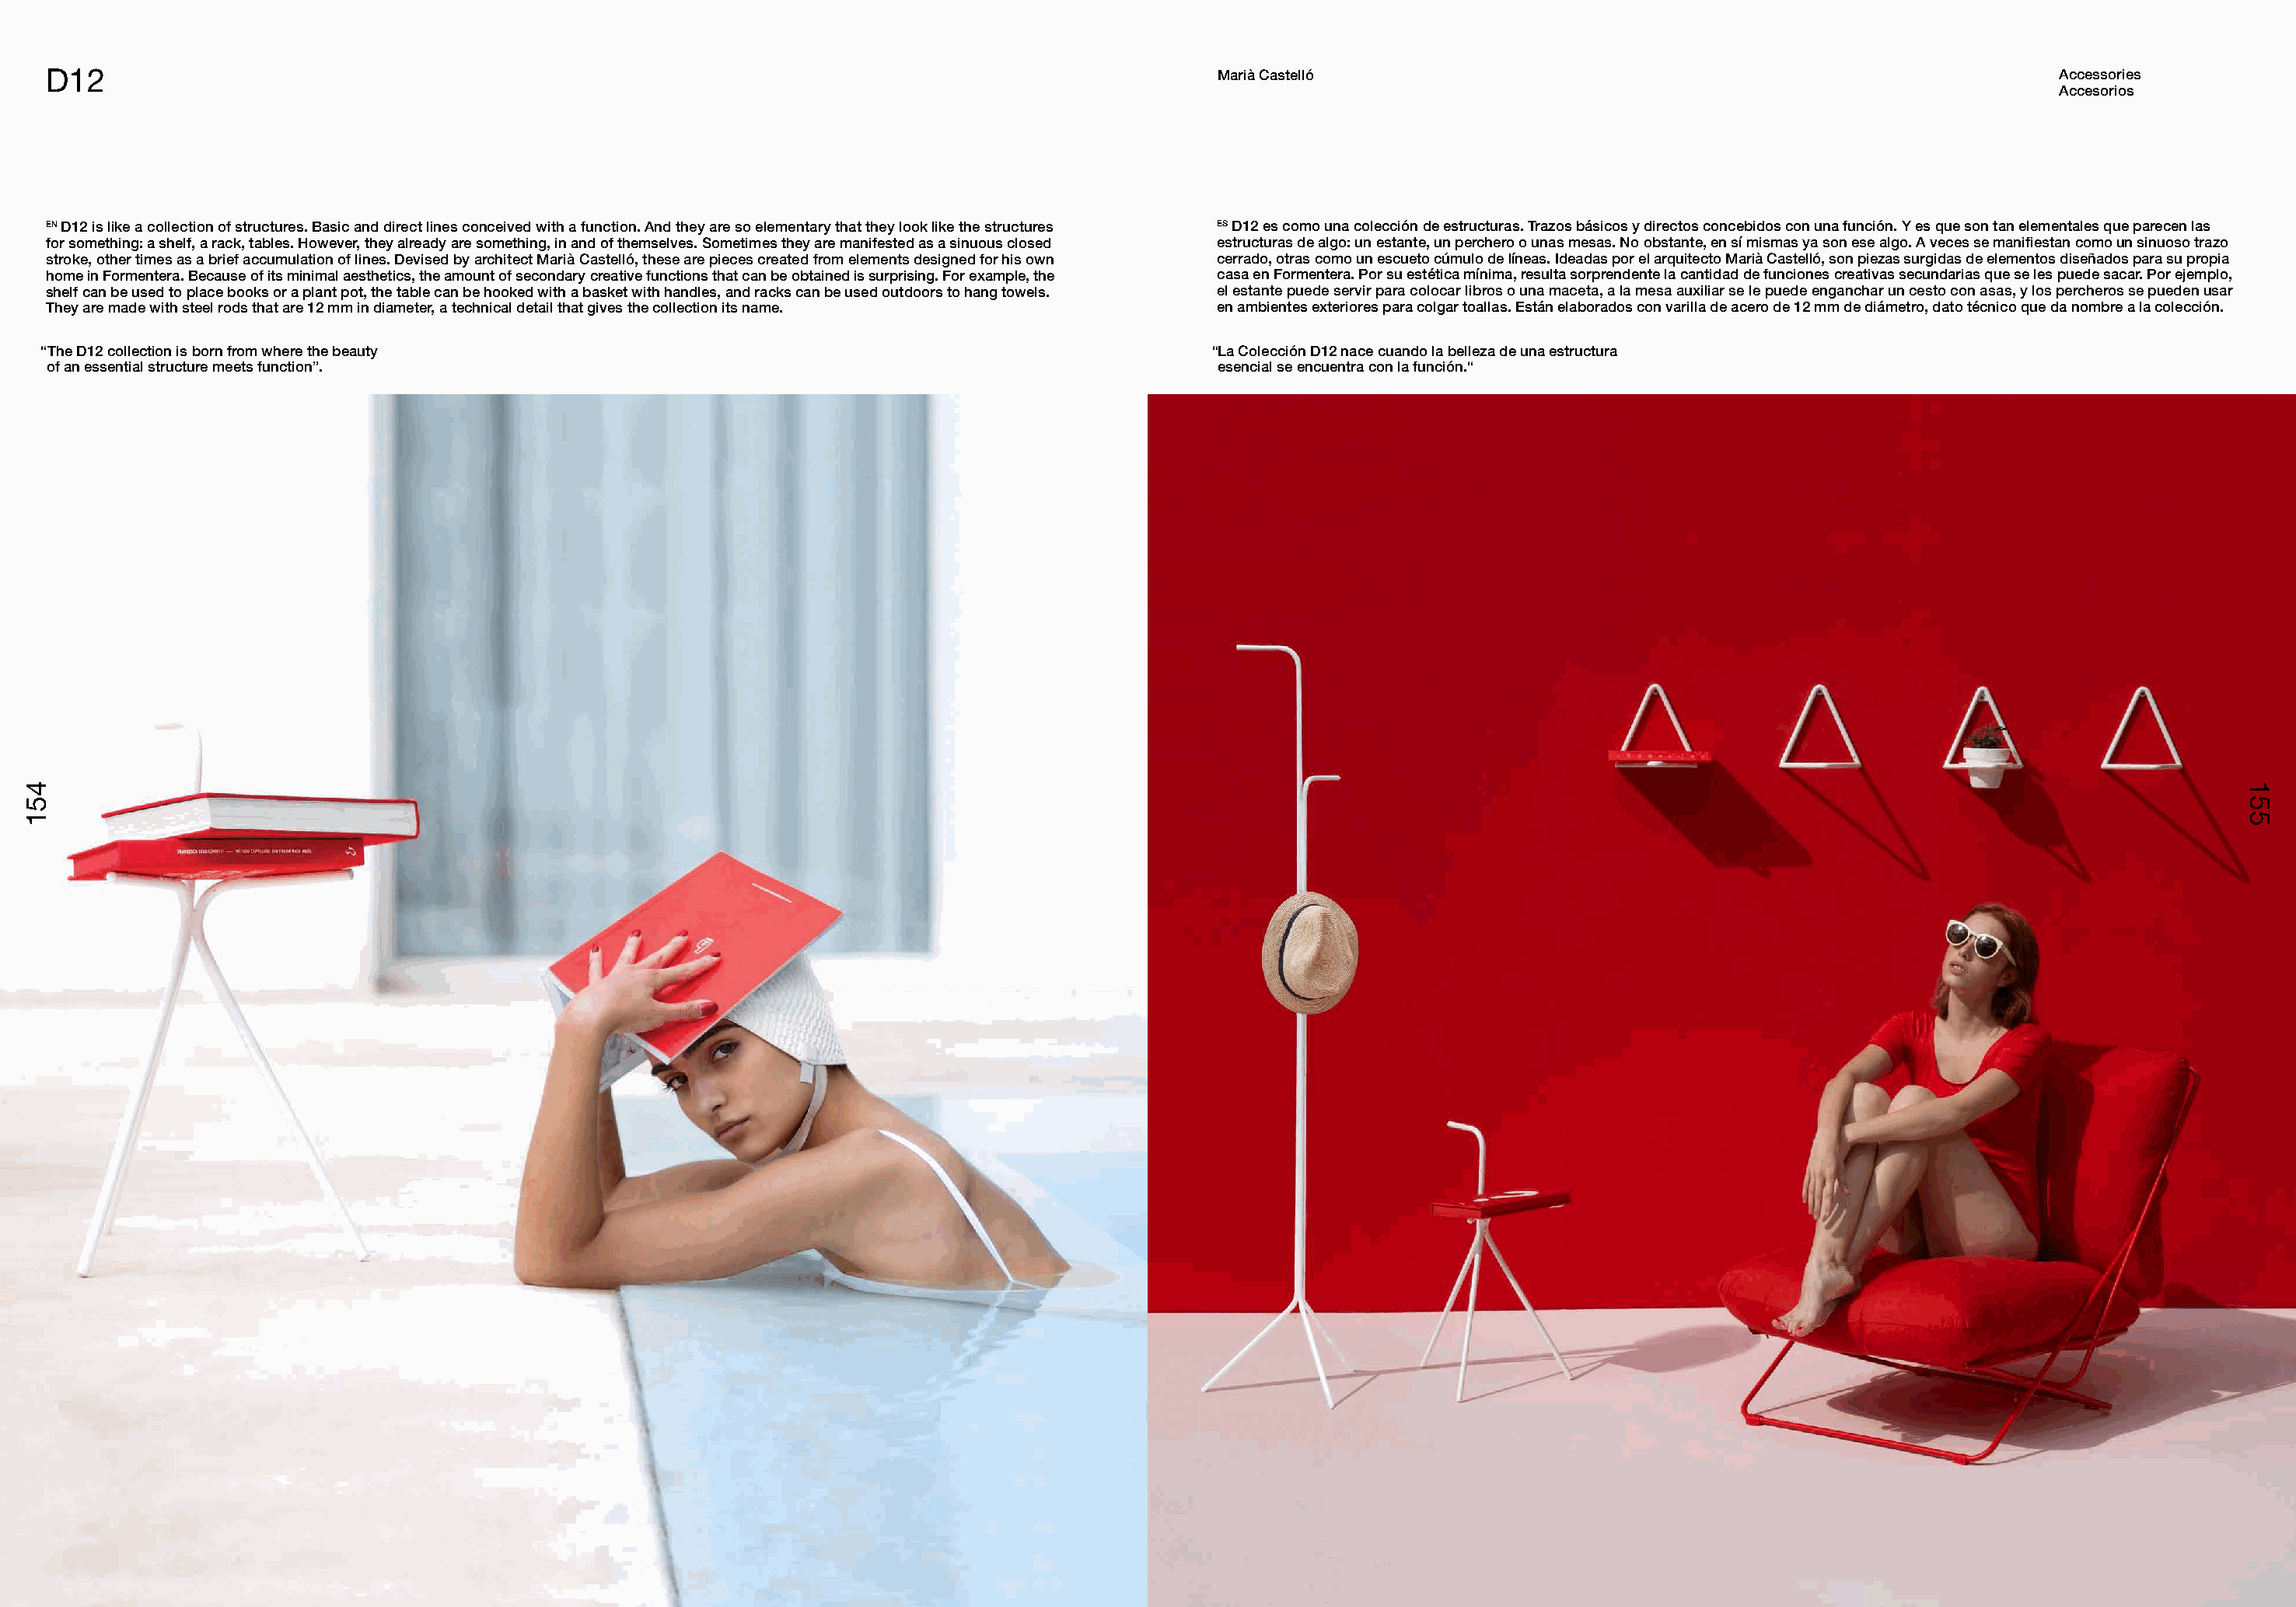
D12                                                                                                 Marià Castelló                                                         Accessories
 Accesorios
 EN D12 is like a collection of structures. Basic and direct lines conceived with a function. And they are so elementary that they look like the structures ES D12 es como una colección de estructuras. Trazos básicos y directos concebidos con una función. Y es que son tan elementales que parecen las
 for something: a shelf, a rack, tables. However, they already are something, in and of themselves. Sometimes they are manifested as a sinuous closed estructuras de algo: un estante, un perchero o unas mesas. No obstante, en sí mismas ya son ese algo. A veces se manifiestan como un sinuoso trazo
 stroke, other times as a brief accumulation of lines. Devised by architect Marià Castelló, these are pieces created from elements designed for his own cerrado, otras como un escueto cúmulo de líneas. Ideadas por el arquitecto Marià Castelló, son piezas surgidas de elementos diseñados para su propia
 home in Formentera. Because of its minimal aesthetics, the amount of secondary creative functions that can be obtained is surprising. For example, the casa en Formentera. Por su estética mínima, resulta sorprendente la cantidad de funciones creativas secundarias que se les puede sacar. Por ejemplo,
 shelf can be used to place books or a plant pot, the table can be hooked with a basket with handles, and racks can be used outdoors to hang towels. el estante puede servir para colocar libros o una maceta, a la mesa auxiliar se le puede enganchar un cesto con asas, y los percheros se pueden usar
 They are made with steel rods that are 12 mm in diameter, a technical detail that gives the collection its name. en ambientes exteriores para colgar toallas. Están elaborados con varilla de acero de 12 mm de diámetro, dato técnico que da nombre a la colección.
 “The D12 collection is born from where the beauty                                                   “La Colección D12 nace cuando la belleza de una estructura
 of an essential structure meets function”.                                                          esencial se encuentra con la función.“
 451                                                                                                                                                                                          155